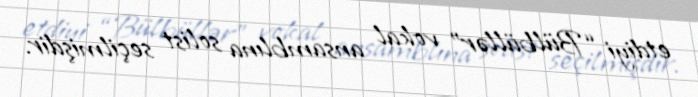
etdiyi “Bülbüllər” vokal ansamblına solist seçilmişdir.